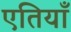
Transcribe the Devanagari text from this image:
एतियाँ